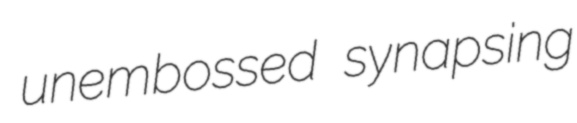
unembossed synapsing